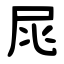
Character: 㞑